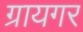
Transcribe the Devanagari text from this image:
ग्रायगर